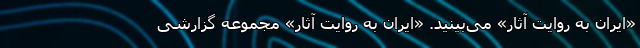
«ایران به روایت آثار» می‌بینید. «ایران به روایت آثار» مجموعه‌ گزارشی